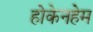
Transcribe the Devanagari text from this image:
होकेनहेम